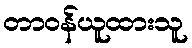
တာဝန်ယူထားသူ